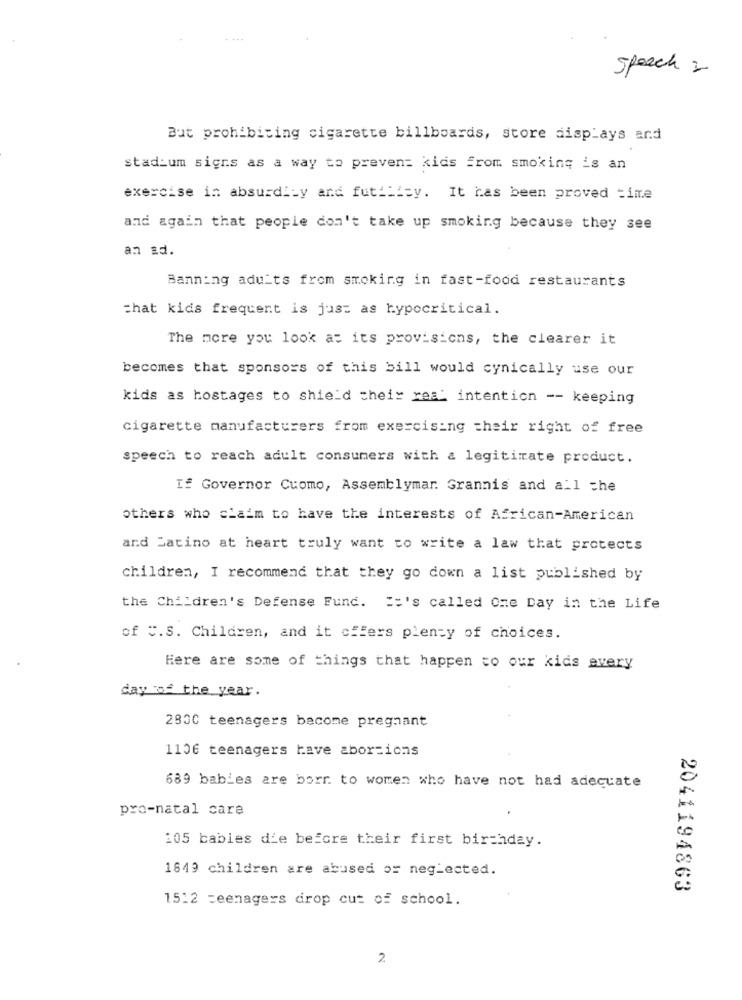
Speech 2
But prohibiting cigarette billboards, store displays and
stadium signs as a way to prevent kids from smoking is an
exercise in absurdity and futility. It has been proved =ime
and again that people don't take up smoking because they see
an ad.
Banning adults from smoking in fast-food restaurants
chat kids frequent is just as hypocritical.
The more you look at its provisions, the clearer it
becomes that sponsors of this bill would cynically use our
kids as hostages to shield cheir real intention -- keeping
cigarette manufacturers from exercising their right of free
speech to reach adult consumers with a legitimate product.
If Governor Cuomo, Assemblymar. Grannis and all che
others who claim to have the interests of African-American
and Latino at heart truly want to write a law that protects
children, I recommend that they go down a list published by
the Children's Defense Fund. ":'s called One Day in the Life
of C.S. Children, and it offers plenty of choices.
Here are some of things that happen to our kids every
day of the year.
2800 teenagers bacome pregnant
1106 teenagers have abortions
689 babies are borr to women who have not had adequate
pro-natal care
105 babies die before their first birthday.
1849 children are abused or neglected.
2041194863
1512 teenagers drop cut of school.
2